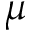
\mu